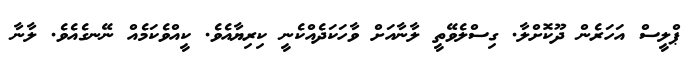
ޕްލީސް އަހަރެން ދޫކޮށްލާ. ގިސްލެވޭތީ ލާނާއަށް ވާހަކަދެއްކެނީ ކިރިޔާއެވެ. ކީއްވެކަމެއް ނޭނގެއެވެ. ލާނާ